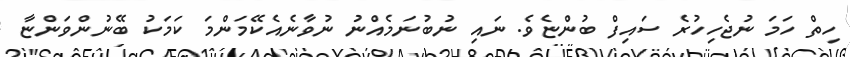
ހިތް ހަމަ ނުޖެހިހުރެ ސައިފް ބުންޏެވެ. ނަައި ނުބުނަމެއްނު ނުވާނެއެކޭމަންމަ ކަމަކު ބޭނުންވަންޏާ